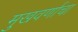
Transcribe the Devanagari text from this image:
मुखवर्णाचा